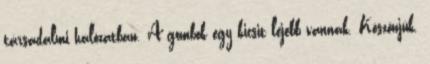
társadalmi hálózatban. A gombok egy kicsit lejebb vannak. Köszönjük.